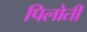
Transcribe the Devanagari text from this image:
पिलोती